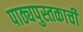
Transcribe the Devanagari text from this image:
पाठ्यपुस्तकाची